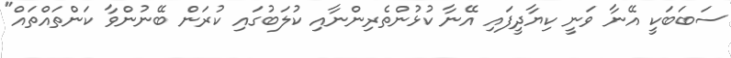
ސަބަބަކީ އޭނާ ވަނީ ކިޔާދީފައި އޭނާ ކުޅުންތެރިންނާއި ކުލަބުގައި ކުރަން ބޭނުންވާ ކަންތައްތައް"